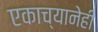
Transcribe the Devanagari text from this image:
एकाच्यानेही